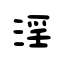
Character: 淫